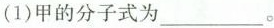
(1)甲的分子式为___。